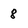
Character: 8